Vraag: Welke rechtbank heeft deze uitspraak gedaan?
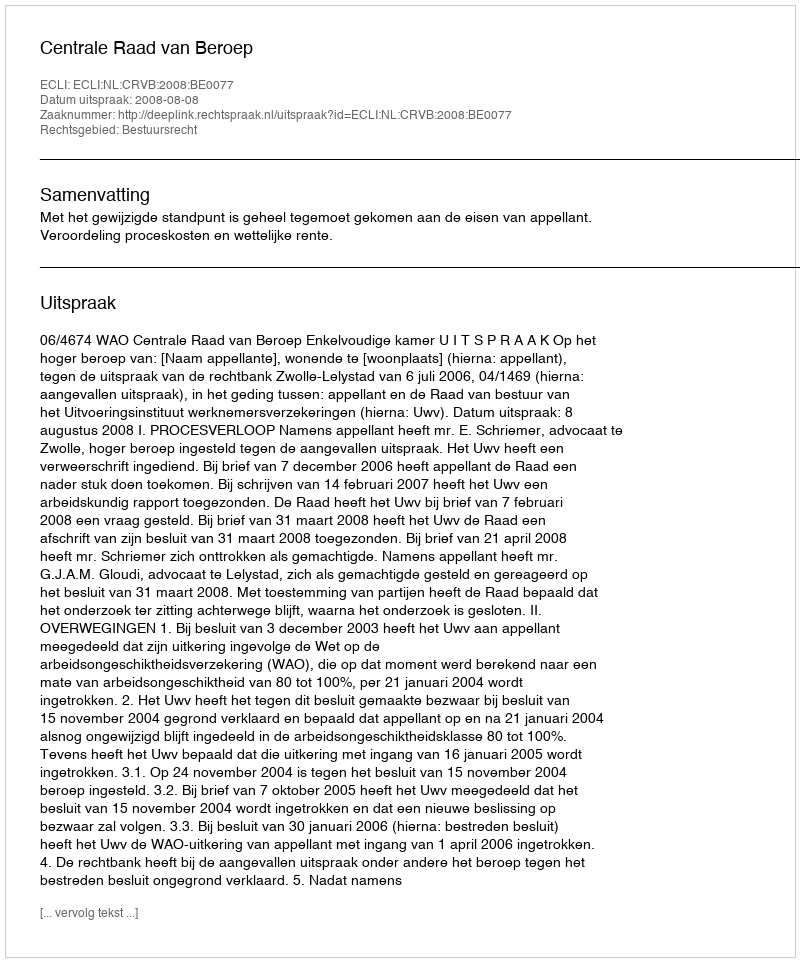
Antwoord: Centrale Raad van Beroep